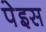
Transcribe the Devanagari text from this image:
पेइस